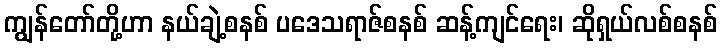
ကျွန်တော်တို့ဟာ နယ်ချဲ့စနစ် ပဒေသရာဇ်စနစ် ဆန့်ကျင်ရေး၊ ဆိုရှယ်လစ်စနစ်